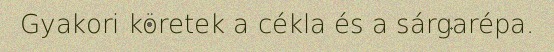
Gyakori köretek a cékla és a sárgarépa.